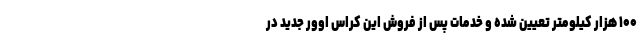
۱۰۰ هزار کیلومتر تعیین شده و خدمات پس از فروش این کراس اوور جدید در